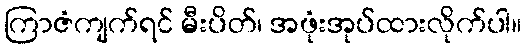
ကြာဇံကျက်ရင် မီးပိတ်၊ အဖုံးအုပ်ထားလိုက်ပါ။